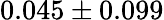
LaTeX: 0.045\pm 0.099